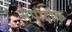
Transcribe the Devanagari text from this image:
संपादीक